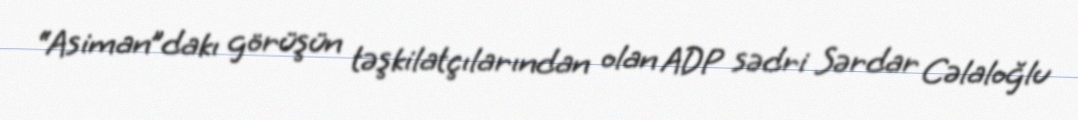
“Asiman”dakı görüşün təşkilatçılarından olan ADP sədri Sərdar Cəlaloğlu